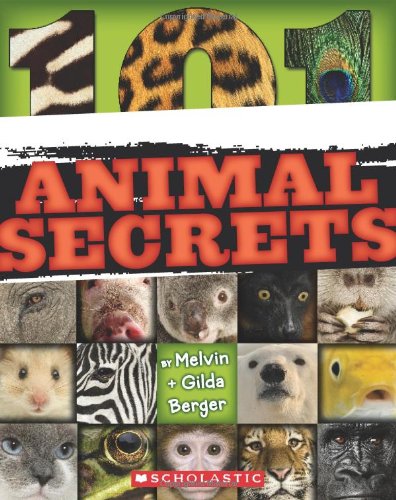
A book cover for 101 Animal Secrets; Melvin Berger; Children's Books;